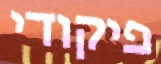
פיקודי